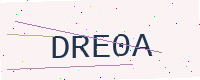
Text: DRE0A